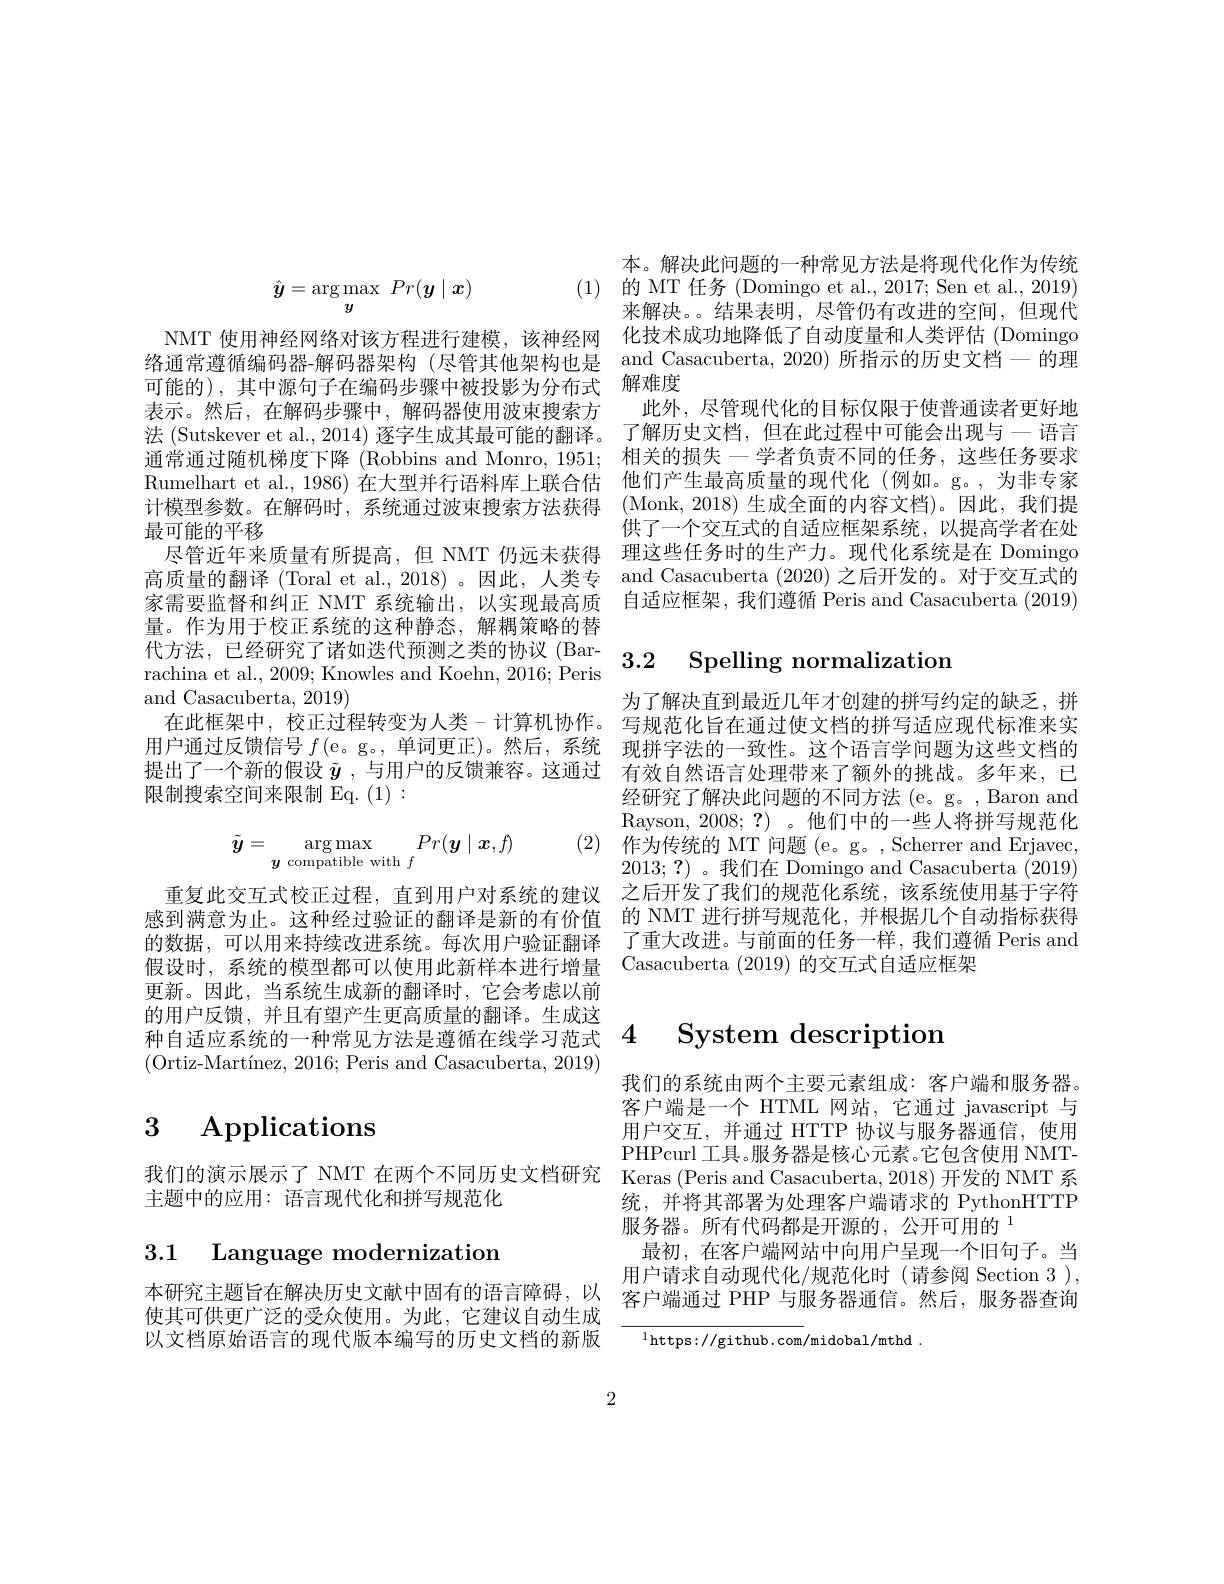
(1) 的 MT 任务 (Domingo et al., 2017; Sen et al., 2019)
$$\hat{\boldsymbol{y}}=\arg\max_{y}\:Pr(\boldsymbol{y}\mid\boldsymbol{x})$$
最可能的平移
量。作为用于校正系统的这种静态，解耦策略的替
$\begin{aligned}&\text{生。}1\text{ F月)们了仅正不功可应们由心，}\text{,并相来叫由}\\&\text{代方法，已经研究了诸如迭代预测之类的协议(Bar-}&3.2&\text{Spelling normalization}\end{aligned}$
rachina et al., 2009; Knowles and Koehn, 2016; Peris
and Casacuberta, 2019)
在此框架中，校正过程转变为人类-计算机协作。写规范化旨在通过使文档的拼写适应现代标准来实用户通过反馈信号$f\left(\mathrm{e}\mathrm{。g}\mathrm{。,}\text{单词更正}\right)$。然后，系统 现拼字法的一致性。这个语言学问题为这些文档的提出了一个新的假设$\tilde{y}$ ,与用户的反馈兼容。这通过 有效自然语言处理带来了额外的挑战。多年来，已限制搜索空间来限制 Eq.(1):
$$\tilde{\boldsymbol{y}}=\underset{y\text{compatible with }f}{\operatorname*{\arg\max}}Pr(\boldsymbol{y}\mid\boldsymbol{x},f)$$
更新。因此，当系统生成新的翻译时，它会考虑以前的用户反馈，并且有望产生更高质量的翻译。生成这种自适应系统的一种常见方法是遵循在线学习范式4 System description
(Ortiz-Martínez, 2016; Peris and Casacuberta, 2019)

# 3 Applications

我们的演示展示了 NMT 在两个不同历史文档研究 Keras (Peris and Casacuberta, 2018) 开发的 NMT 系
主题中的应用：语言现代化和拼写规范化

3.1 Language modernization

使其可供更广泛的受众使用。为此，它建议自动生成以文档原始语言的现代版本编写的历史文档的新版

2

本。解决此问题的一种常见方法是将现代化作为传统来解决。。结果表明，尽管仍有改进的空间，但现代
NMT 使用神经网络对该方程进行建模，该神经网 化技术成功地降低了自动度量和人类评估 (Domingo 络通常遵循编码器-解码器架构 (尽管其他架构也是 and Casacuberta, 2020) 所指示的历史文档一的理可能的),其中源句子在编码步骤中被投影为分布式 解难度
表示。然后，在解码步骤中，解码器使用波束搜索方 此外，尽管现代化的目标仅限于使普通读者更好地法 (Sutskever et al., 2014) 逐字生成其最可能的翻译。了解历史文档，但在此过程中可能会出现与一语言通常通过随机梯度下降 (Robbins and Monro, 1951;相关的损失一学者负责不同的任务，这些任务要求Rumelhart et al., 1986) 在大型并行语料库上联合估 他们产生最高质量的现代化 (例如。g。,为非专家计模型参数。在解码时，系统通过波束搜索方法获得 (Monk,2018) 生成全面的内容文档)。因此，我们提
供了一个交互式的自适应框架系统，以提高学者在处
尽管近年来质量有所提高，但 NMT 仍远未获得 理这些任务时的生产力。现代化系统是在 Domingo 高质量的翻译 (Toral et al., 2018) 。因此，人类专 and Casacuberta (2020) 之后开发的。对于交互式的家需要监督和纠正 NMT 系统输出，以实现最高质 自适应框架，我们遵循 Peris and Casacuberta (2019)

为了解决直到最近几年才创建的拼写约定的缺乏，拼经研究了解决此问题的不同方法 (e。g。, Baron and Rayson, 2008;?)。他们中的一些人将拼写规范化
${\mathrm{~) }}$ (2) ${\mathrm{~作 为 传 统 的 ~MT~}}$问题 ( e。g。, Scherrer and Erjavec,
2013;?)。我们在 Domingo and Casacuberta (2019)
重复此交互式校正过程，直到用户对系统的建议 之后开发了我们的规范化系统，该系统使用基于字符感到满意为止。这种经过验证的翻译是新的有价值 的 NMT 进行拼写规范化，并根据几个自动指标获得的数据，可以用来持续改进系统。每次用户验证翻译 了重大改进。与前面的任务一样，我们遵循 Peris and 假设时，系统的模型都可以使用此新样本进行增量 Casacuberta (2019) 的交互式自适应框架

我们的系统由两个主要元素组成：客户端和服务器。客户端是一个 HTML 网站，它通过 javascript 与用户交互，并通过 HTTP 协议与服务器通信，使用PHPcurl 工具。服务器是核心元素。它包含使用 NMT统，并将其部署为处理客户端请求的 PythonHTTP 服务器。所有代码都是开源的，公开可用的$^{1}$
最初，在客户端网站中向用户呈现一个旧句子。当用户请求自动现代化/规范化时(请参阅 Section 3),
本研究主题旨在解决历史文献中固有的语言障碍，以 客户端通过 PHP 与服务器通信。然后，服务器查询

$^{1}$https://github.com/midobal/mthd.